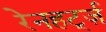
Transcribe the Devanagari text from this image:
रेनहर्ट्ज़